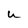
Character: u